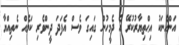
އަންހެނަކު އިޙްތިޔާރުކުރޭ އެ ދެމީހުން ގައިގަ ވެސް އެފަދަ ދީންވެރި ކަމެއް ނެތިއްޔާ